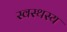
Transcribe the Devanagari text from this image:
स्वस्थस्य